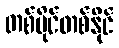
တစ်ပိုင်တစ်နိုင်